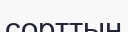
сорттың